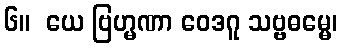
၆။  ယေ ဗြဟ္မဏာ ဝေဒဂူ သဗ္ဗဓမ္မေ၊